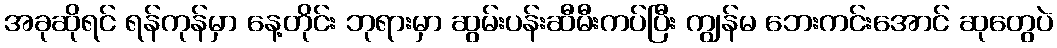
အခုဆိုရင် ရန်ကုန်မှာ နေ့တိုင်း ဘုရားမှာ ဆွမ်းပန်းဆီမီးကပ်ပြီး ကျွန်မ ဘေးကင်းအောင် ဆုတွေပဲ